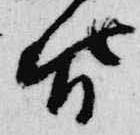
皆